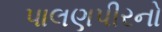
પાલણપીરનો